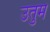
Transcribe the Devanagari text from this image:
उतुम